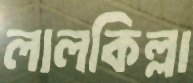
লালকিল্লা